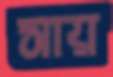
সায়